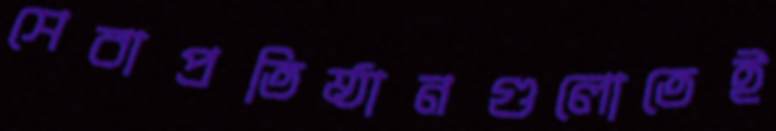
সেবাপ্রতিষ্ঠানগুলোতেই